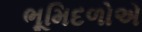
ભૂમિદળોએ